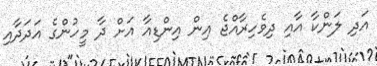
އަދި ލަންކާ އާއި ދިވެހިރާއްޖެ އިން އިންޑިއާ އަށް ދާ މީހުންގެ އަދަދާއި